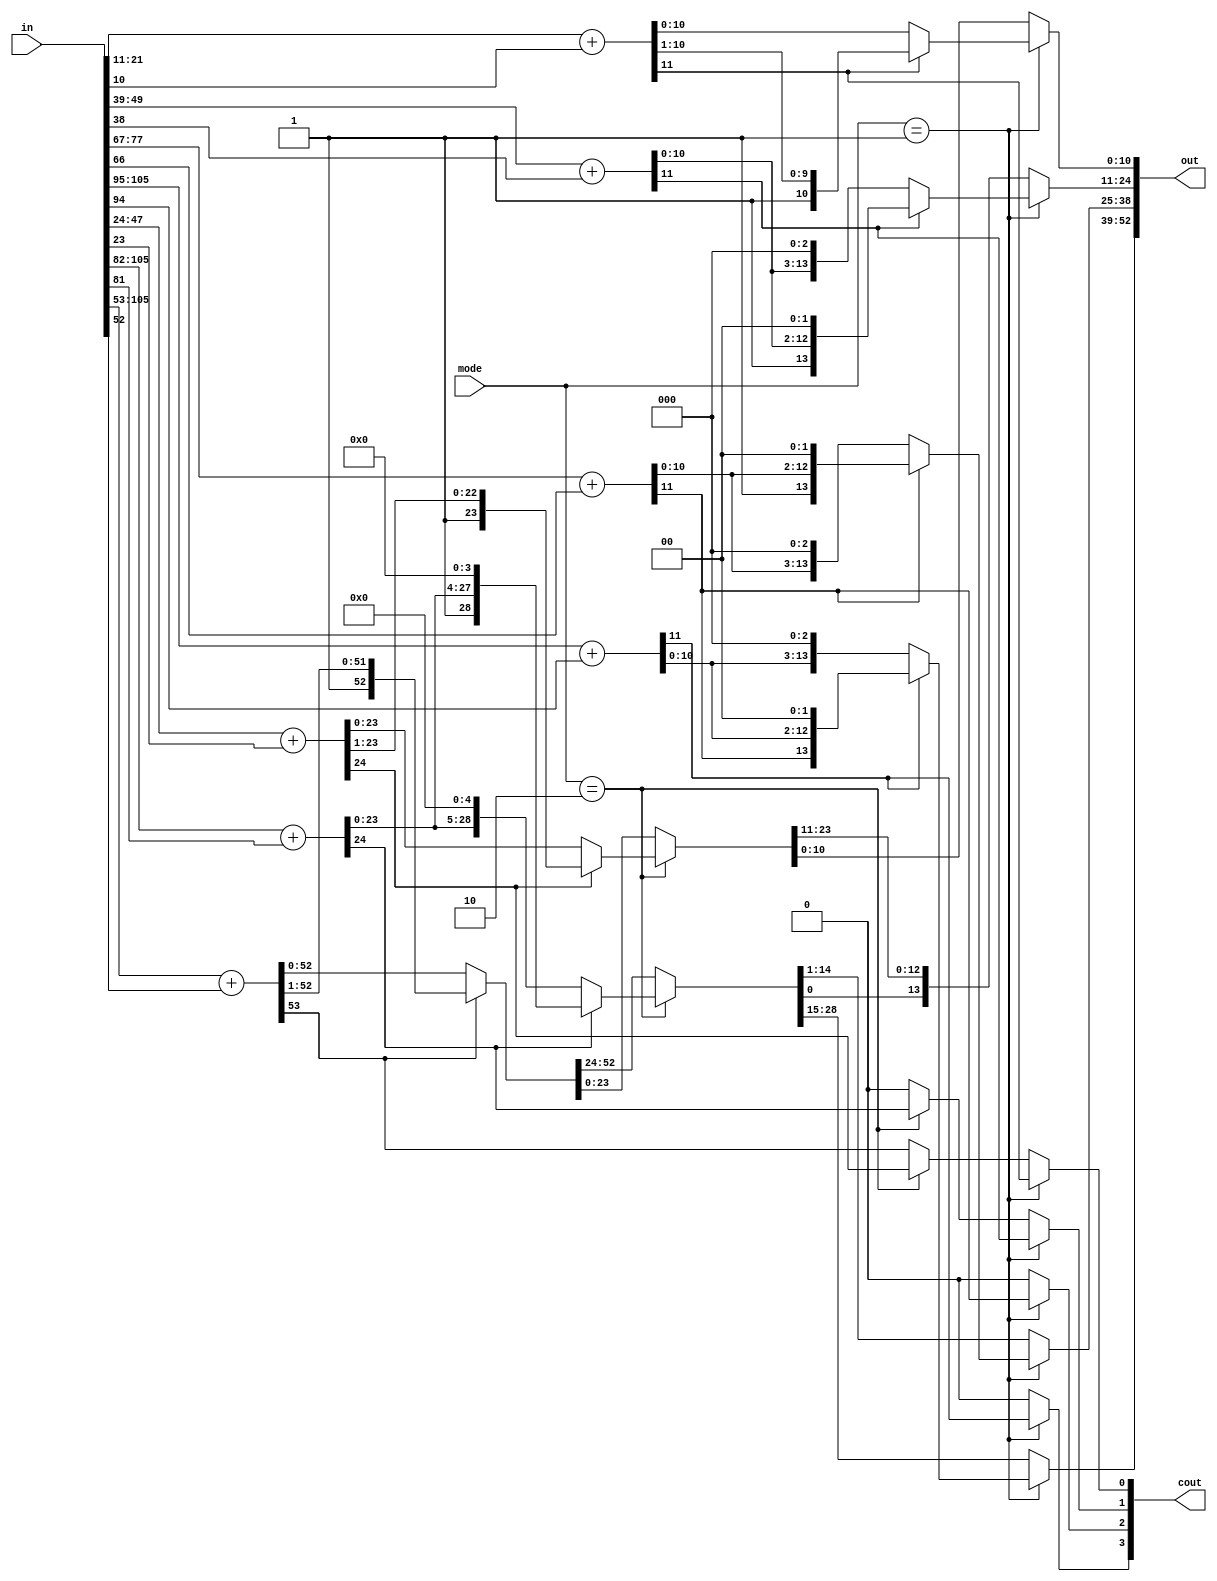
// Title: Rounding V 1.0 (No Changelog)
// Created: 
// Updated: 
//---------------------------------------------------------------------------
// 
// 
//
//---------------------------------------------------------------------------
module rounding (
    input       [105:0] in,
    input       [1:0]   mode,
    output reg  [3:0]   cout,
    output reg  [52:0]  out
);
    reg [52:0]  out_temp;
    always @(*) begin
        if (mode == 2'b01) begin
            // Assign 0 to unused bits
            out_temp[13:11] = 3'b0;
            out_temp[27:25] = 3'b0;
            out_temp[41:39] = 3'b0;
            {cout[0], out_temp[10:0]} = in[21:11] + in[10];
            if(cout[0]) begin
                out[10:0] = {cout[0], out_temp[10:1]};
            end else begin
                out[10:0] = out_temp[10:0];
            end
            {cout[1], out_temp[24:14]} = in[49:39] + in[38];
            if(cout[1]) begin
                out[24:11] = {cout[1], out_temp[24:12]};
            end else begin
                out[24:11] = {out_temp[24:11]};
            end
            {cout[2], out_temp[38:28]} = in[77:67] + in[66];
            if(cout[2]) begin
                out[38:25] = {cout[2], out_temp[38:26]};
            end else begin
                out[38:25] = {out_temp[38:25]};
            end
            {cout[3], out_temp[52:42]} = in[105:95] + in[94];
            if(cout[3]) begin
                out[52:39] = {cout[2], out_temp[52:40]};
            end else begin
                out[52:39] = {out_temp[52:39]};
            end
        end else if (mode == 2'b10) begin
            // Assign 0 to unused bits
            out_temp[28:24] = 5'b0;
            cout[3:2] = 2'b0;
            {cout[0], out_temp[23:0]} = in[47:24] + in[23];
            if(cout[0]) begin
                out[23:0] = {cout[0], out_temp[23:1]};
            end else begin
                out[23:0] = out_temp[23:0];
            end
            {cout[1], out_temp[52:29]} = in[105:82] + in[81];
            if(cout[1]) begin
                out[52:24] = {cout[1], out_temp[52:25]};
            end else begin
                out[52:24] = {out_temp[52:24]};
            end 
        end else begin
            // Assign 0 to unused bits
            cout[3:1] = 3'b0;
            {cout[0], out_temp[52:0]} = in[105:53] + in[52];
            if(cout[0]) begin
                out[52:0] = {cout[0], out_temp[52:1]};
            end else begin
                out[52:0] = out_temp[52:0];
            end
        end
    end

endmodule